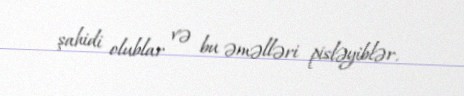
şahidi olublar və bu əməlləri pisləyiblər.